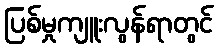
ပြစ်မှုကျူးလွန်ရာတွင်